Sketch of the medical history of the native army of Bombay, for the year
Year: 1870
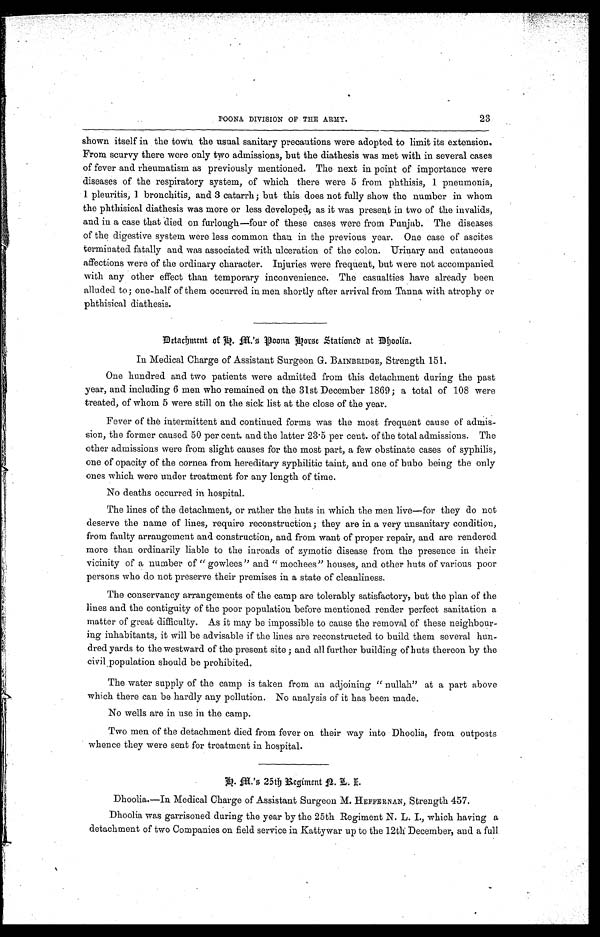
23
POONA DIVISION OF THE ARMY.
shown itself in the town the usual sanitary precautions were adopted to limit its extension.
From scurvy there were only two admissions, but the diathesis was met with in several cases
of fever and rheumatism as previously mentioned. The next in point of importance were
diseases of the respiratory system, of which there were 5 from phthisis, 1 pneumonia,
1 pleuritis, 1 bronchitis, and 3 catarrh; but this does not fully show the number in whom
the phthisical diathesis was more or less developed as it was present in two of the invalids,
and in a case that died on furlough—four of these cases were from Punjab. The diseases
of the digestive system were less common than in the previous year. One case of ascites
terminated fatally and was associated with ulceration of the colon. Urinary and cutaneous
affections were of the ordinary character. Injuries were frequent, but were not accompanied
with any other effect than temporary inconvenience. The casualties have already been
alluded to; one-half of them occurred in men shortly after arrival from Tanna with atrophy or
phthisical diathesis.
Detachment of h.M.' s Poona Horse Stationed at Dhoolia.
In Medical Charge of Assistant Surgeon G. BAINBRIDGE, Strength 151.
One hundred and two patients were admitted from this detachment during the past
year, and including 6 men who remained on the 31st December 1869; a total of 108 were
treated, of whom 5 were still on the sick list at the close of the year.
Fever of the intermittent and continued forms was the most frequent cause of admis
- s i o n , t h e f o r m e r c a u s e d 5 0 p e r c e n t . a n d t h e l a t t e r 2 3 . 5 p e r c e n t . o f t h e t o t a l a d m i s s i o n s . T h e
other admissions were from slight causes for the most part, a few obstinate cases of syphilis,
one of opacity of the cornea from hereditary syphilitic taint, and one of bubo being the only
ones which were under treatment for any length of time.
No deaths occurred in hospital.
The lines of the detachment, or rather the huts in which the men live—for they do not
deserve the name of lines, require reconstruction; they are in a very unsanitary condition,
from faulty arrangement and construction, and from want of proper repair, and are rendered
more than ordinarily liable to the inroads of zymotic disease from the presence in their
vicinity of a number of "gowlees" and "mochees" houses, and other huts of various poor
persons who do not preserve their premises in a state of cleanliness.
The conservancy arrangements of the camp are tolerably satisfactory, but the plan of the
lines and the contiguity of the poor population before mentioned render perfect sanitation a
matter of great difficulty. As it may be impossible to cause the removal of these neighbour
-ing inhabitants, it will be advisable if the lines are reconstructed to build them several hun
- d r e d y a r d s t o t h e w e s t w a r d o f t h e p r e s e n t s i t e ; a n d a l l f u r t h e r b u i l d i n g o f h u t s t h e r e o n b y t h e
civil population should be prohibited.
The water supply of the camp is taken from an adjoining "nullah" at a part above
which there can be hardly any pollution. No analysis of it has been made.
No wells are in use in the camp.
Two men of the detachment died from fever on their way into Dhoolia, from outposts
whence they were sent for treatment in hospital.
h . M . ' s 2 5 t h R e g i m e n t N . L . I
Dhoolia.—In Medical Charge of Assistant Surgeon M. HEFFERNAN, Strength 457.
Dhoolia was garrisoned during the year by the 25th Regiment N. L. I., which having a
detachment of two Companies on field service in Kattywar up to the 12th December, and a full